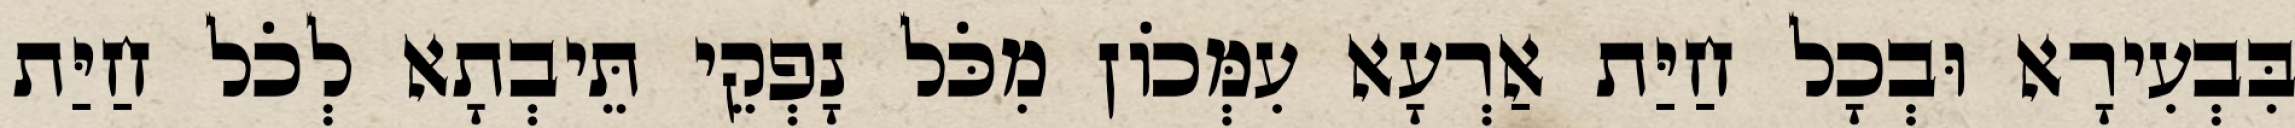
בִּבְעִירָא וּבְכָל חַיַּת אַרְעָא עִמְּכוֹן מִכֹּל נָפְקֵי תֵּיבְתָא לְכֹל חַיַּת